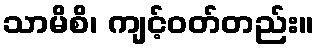
သာမိစိ၊ ကျင့်ဝတ်တည်း။